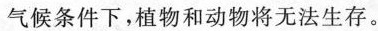
气候条件下，植物和动物将无法生存。